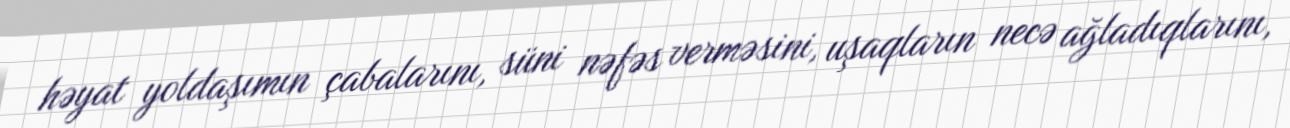
həyat yoldaşımın çabalarını, süni nəfəs verməsini, uşaqların necə ağladıqlarını,